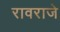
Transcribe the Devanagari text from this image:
रावराजे